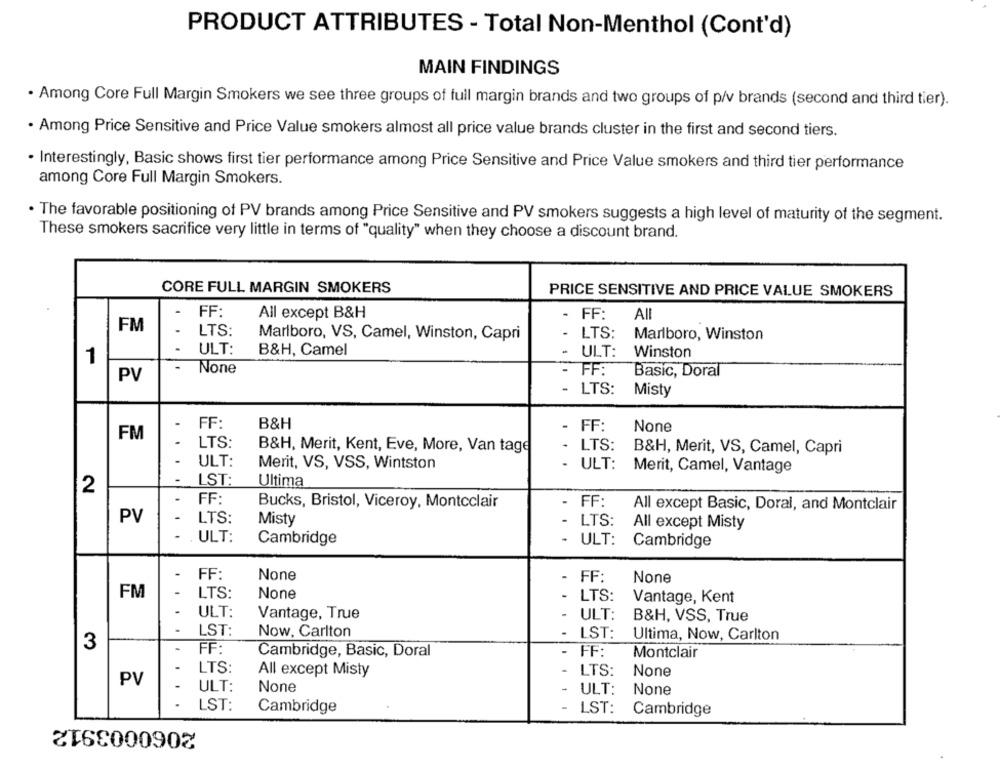
PRODUCT ATTRIBUTES - Total Non-Menthol (Cont'd)
MAIN FINDINGS
· Among Core Full Margin Smokers we see three groups of full margin brands and two groups of p/v brands (second and third tier).
. Among Price Sensitive and Price Value smokers almost all price value brands cluster in the first and second tiers.
. Interestingly, Basic shows first tier performance among Price Sensitive and Price Value smokers and third tier performance
among Core Full Margin Smokers.
. The favorable positioning of PV brands among Price Sensitive and PV smokers suggests a high level of maturity of the segment.
These smokers sacrifice very little in terms of "quality" when they choose a discount brand.
CORE FULL MARGIN SMOKERS
PRICE SENSITIVE AND PRICE VALUE SMOKERS
FF:
All except B&H
- FF:
All
FM
LTS:
Marlboro, VS, Camel, Winston, Capri
- LTS: Marlboro, Winston
ULT:
B&H, Camel
- ULT: Winston
1
-
PV
FF:
Basic, Doral
- LTS: Misty
-
FF:
B&H
- FF:
FM
-
LTS:
B&H, Merit, Kent, Eve, More, Van tage
- LTS:
B&H, Merit, VS, Camel, Capri
ULT:
Merit, VS, VSS, Wintston
- ULT:
Merit, Camel, Vantage
-
LST:
Ultima
2
FF
Bucks, Bristol, Viceroy, Montcclair
- FF:
All except Basic, Doral, and Montclair
PV
1
LTS:
Misty
- LTS:
All except Misty
ULT:
Cambridge
- ULT:
Cambridge
.
FF:
- FF:
FM
LTS:
- LTS:
Vantage, Kent
.
ULT:
Vantage, True
- ULT:
B&H, VSS, True
LST:
Now, Carlton
LST:
Ultima, Now, Carlton
3
-
FF:
Cambridge, Basic, Doral
-
FF:
Montclair
-
LTS:
All except Misty
LTS:
PV
-
ULT:
1
ULT:
LST:
Cambridge
LST:
Cambridge
2060003912